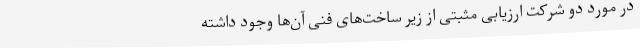
در مورد دو شرکت ارزیابی مثبتی از زیر ساخت‌های فنی آن‌ها وجود داشته